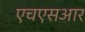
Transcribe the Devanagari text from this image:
एचएसआर